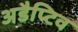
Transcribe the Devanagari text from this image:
अडैप्टिव